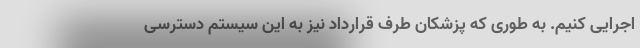
اجرایی کنیم. به طوری که پزشکان طرف قرارداد نیز به این سیستم دسترسی